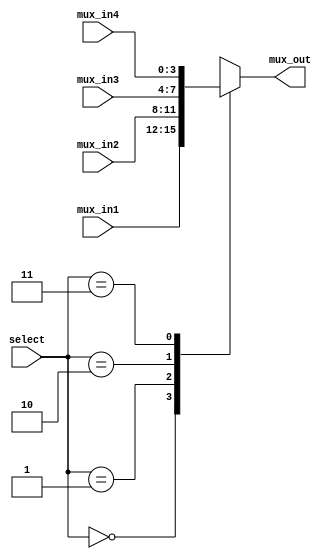
module mux4 #(parameter W = 4)( select, mux_in1,mux_in2,mux_in3,mux_in4, mux_out );

	input[1:0] select;
	input[W-1:0] mux_in1,mux_in2,mux_in3,mux_in4;
	output reg [W-1:0] mux_out;
	always @(select, mux_in1,mux_in2,mux_in3,mux_in4)
	begin
		case(select)
			2'b00: mux_out = mux_in1;
			2'b01: mux_out = mux_in2;
			2'b10: mux_out = mux_in3;
			2'b11: mux_out = mux_in4;
		endcase
	end

endmodule